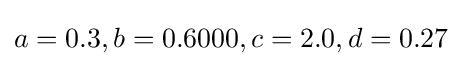
a=0.3,b=0.6000,c=2.0,d=0.27